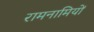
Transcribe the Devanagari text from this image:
रामनामियों